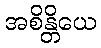
အစိန္တိယေ